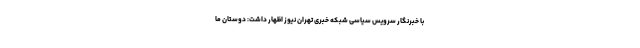
با خبرنگار سرویس سیاسی شبکه خبری تهران نیوز اظهار داشت: دوستان ما